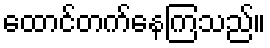
ထောင်တက်နေကြသည်။